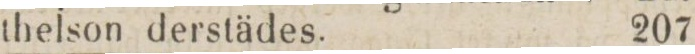
thelson derstädes.    207